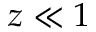
z \ll 1